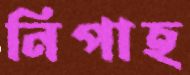
নিপাহ